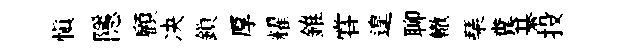
愼隱顧决鎻厚耀錐甞遑聊轍琹糞綦投